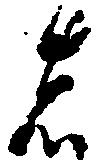
者